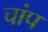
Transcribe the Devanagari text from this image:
चांप